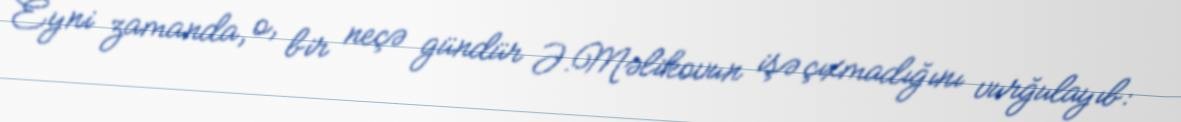
Eyni zamanda, o, bir neçə gündür Ə.Məlikovun işə çıxmadığını vurğulayıb: